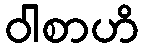
ဝါစာဟိ